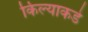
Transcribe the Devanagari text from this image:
किल्याकडे